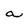
Character: a